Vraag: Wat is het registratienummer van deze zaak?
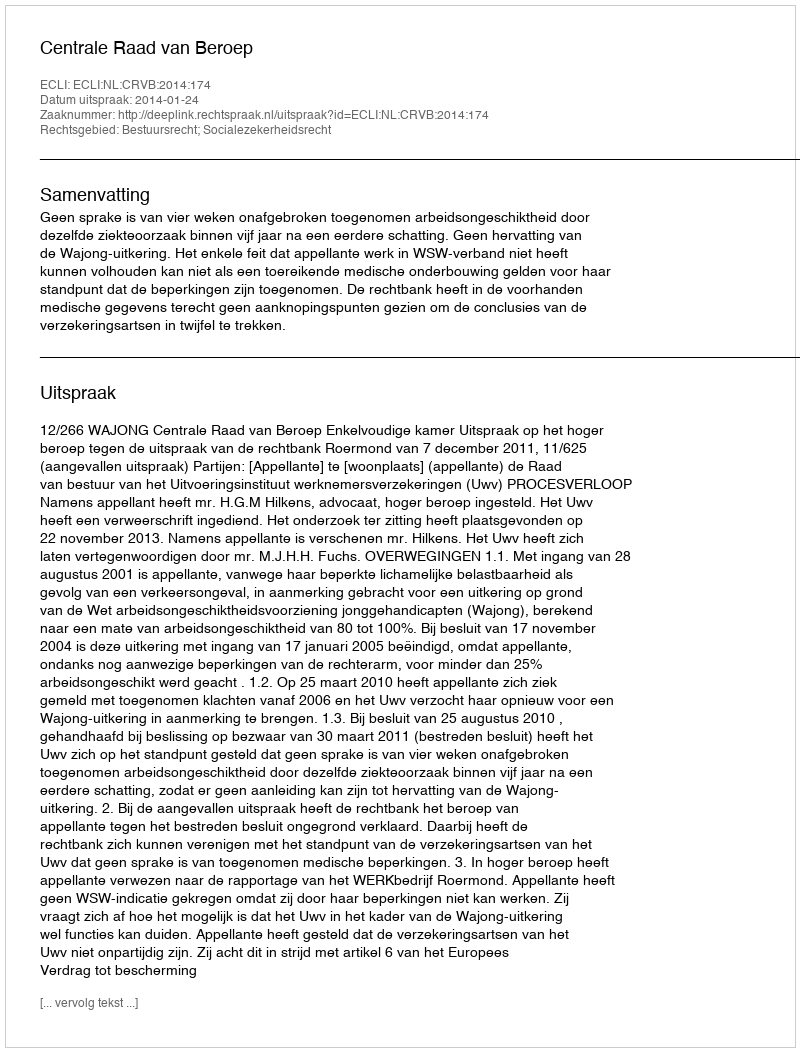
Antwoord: http://deeplink.rechtspraak.nl/uitspraak?id=ECLI:NL:CRVB:2014:174